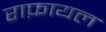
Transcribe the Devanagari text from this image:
राफ़ायल